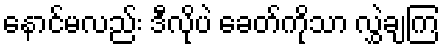
နောင်မလည်း ဒီလိုပဲ ခေတ်ကိုသာ လွှဲချကြ